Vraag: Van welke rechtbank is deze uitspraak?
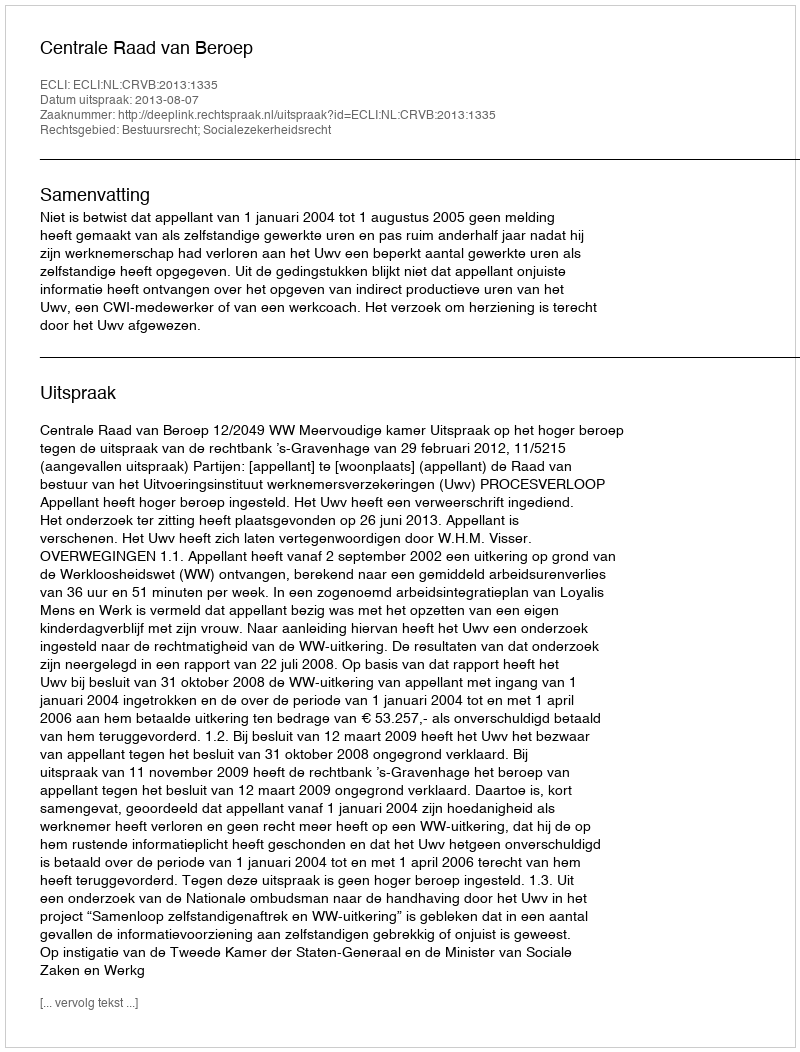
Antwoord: Centrale Raad van Beroep